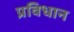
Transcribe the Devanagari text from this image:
प्रविधान